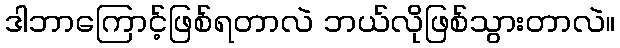
ဒါဘာကြောင့်ဖြစ်ရတာလဲ ဘယ်လိုဖြစ်သွားတာလဲ။